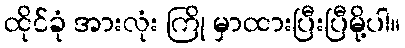
ထိုင်ခုံ အားလုံး ကြို မှာထားပြီးပြီမို့ပါ။